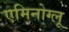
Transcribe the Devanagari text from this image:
एमिनोग्लू